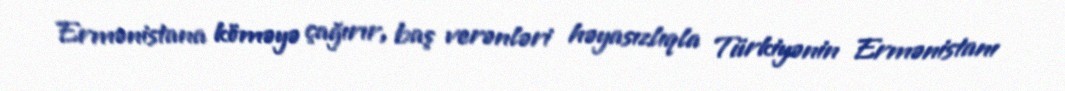
Ermənistana köməyə çağırır, baş verənləri həyasızlıqla Türkiyənin Ermənistanı